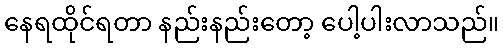
နေရထိုင်ရတာ နည်းနည်းတော့ ပေါ့ပါးလာသည်။